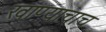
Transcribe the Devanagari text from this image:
खाण्याचाच